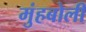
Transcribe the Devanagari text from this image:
मुंहबोली